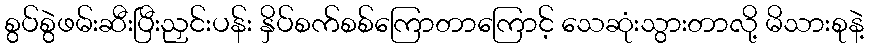
စွပ်စွဲဖမ်းဆီးပြီးညှင်းပန်း နှိပ်စက်စစ်ကြောတာကြောင့် သေဆုံးသွားတာလို့ မိသားစုနဲ့